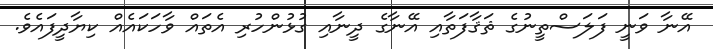
އޭނާ ވަނީ ފަލަސްތީނުގެ ޘަޤާފަތާއި އޭނާގެ ދީނާއި ގުޅުންހުރި އެތައް ވާހަކައެއް ކިޔާދީފައެވެ.